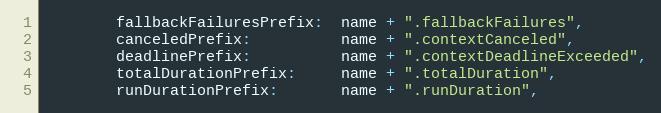
Language: Go
		fallbackFailuresPrefix:  name + ".fallbackFailures",
		canceledPrefix:          name + ".contextCanceled",
		deadlinePrefix:          name + ".contextDeadlineExceeded",
		totalDurationPrefix:     name + ".totalDuration",
		runDurationPrefix:       name + ".runDuration",